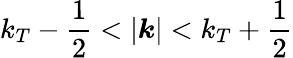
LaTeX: k_{T}-\frac{1}{2}<|\boldsymbol{k}|<k_{T}+\frac{1}{2}